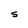
Character: S